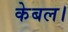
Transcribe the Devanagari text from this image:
केबल।